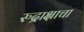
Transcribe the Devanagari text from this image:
रुद्राक्षाचा